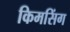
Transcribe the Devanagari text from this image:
किमसिंग